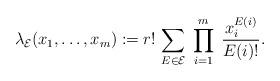
LaTeX: \begin{align*}\lambda_{\mathcal{E}}(x_1,\dots,x_m):= r!\,\sum_{E\in \mathcal{E}}\; \prod_{i=1}^m\; \frac{x_i^{E(i)}}{E(i)!}.\end{align*}